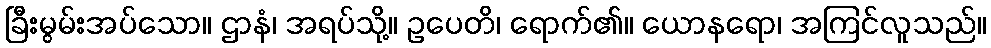
ခြီးမွမ်းအပ်သော။ ဌာနံ၊ အရပ်သို့။ ဥပေတိ၊ ရောက်၏။ ယောနရော၊ အကြင်လူသည်။